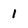
Character: 1